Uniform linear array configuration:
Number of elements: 24
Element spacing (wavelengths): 0.5
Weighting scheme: cosine
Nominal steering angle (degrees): -15
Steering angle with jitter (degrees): -16.285
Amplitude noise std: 0.05
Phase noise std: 0.05

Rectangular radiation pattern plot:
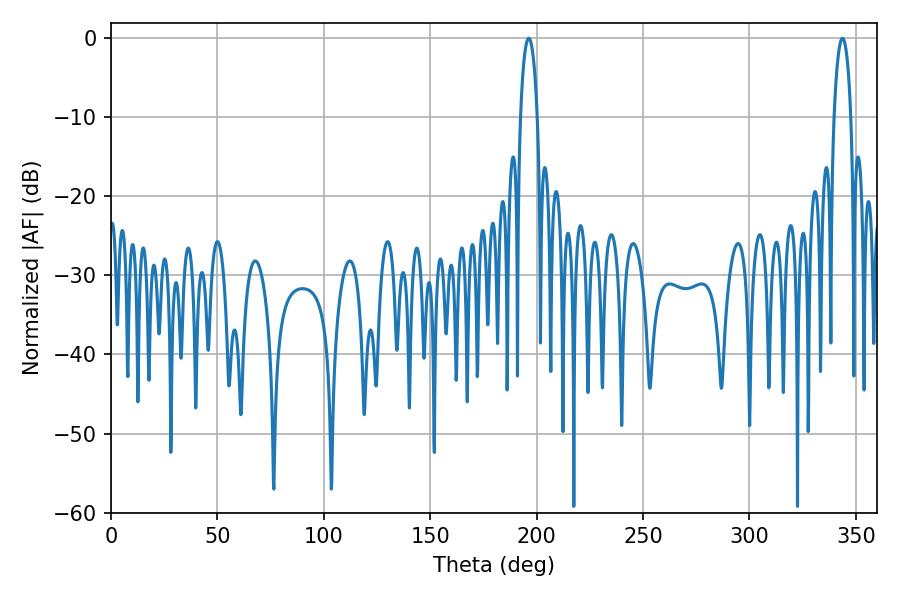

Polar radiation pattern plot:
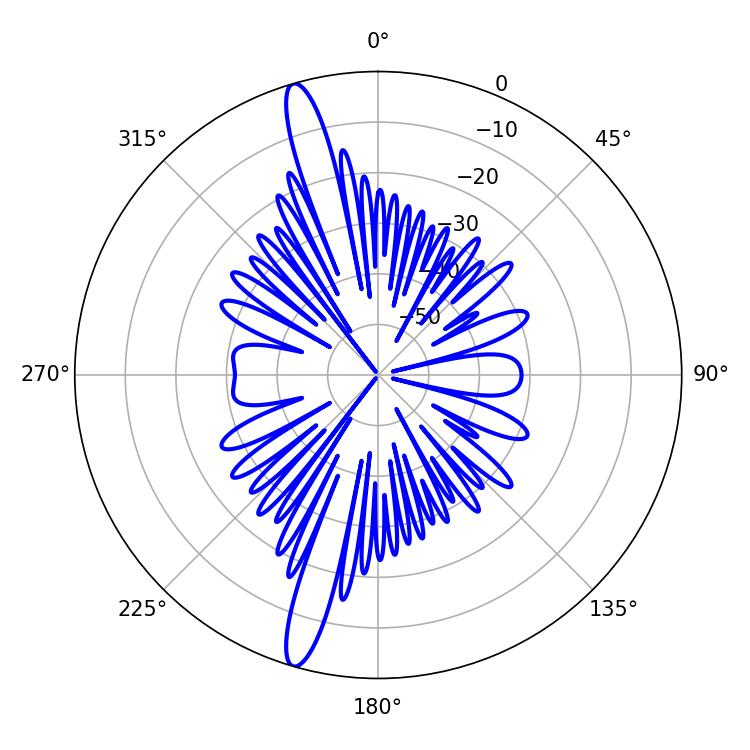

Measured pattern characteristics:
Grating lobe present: FALSE
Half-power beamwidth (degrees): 4.5
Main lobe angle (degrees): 196.2